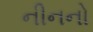
નીનનો